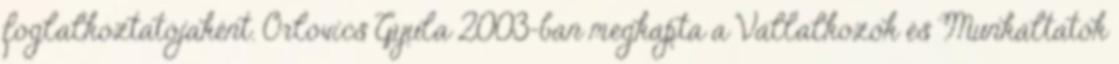
foglalkoztatójaként. Orlovics Gyula 2003-ban megkapta a Vállalkozók és Munkáltatók